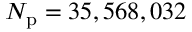
N _ { \mathrm { p } } = 3 5 , 5 6 8 , 0 3 2